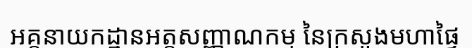
អគ្គនាយកដ្ឋានអត្តសញ្ញាណកម្ម នៃក្រសួងមហាផ្ទៃ